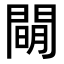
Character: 𨵛